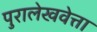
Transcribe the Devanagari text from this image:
पुरालेखवेत्ता